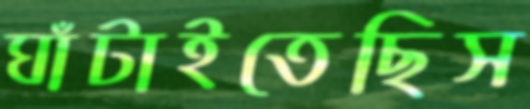
ঘাঁটাইতেছিস